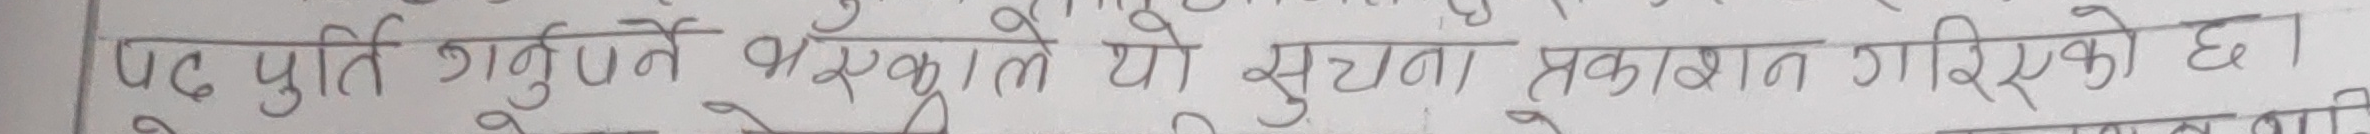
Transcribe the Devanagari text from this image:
पद पूर्ति गर्नुपर्ने भएकाले यो सूचना प्रकाशन गरिएको छ।